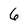
Character: 6